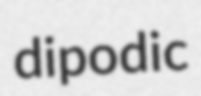
dipodic